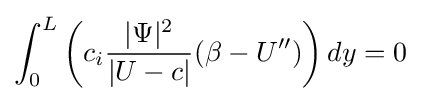
{\begin{aligned}\int _{0}^{L}\left(c_{i}{\frac {|\Psi |^{2}}{|U-c|}}(\beta -U'')\right)dy&=0\\\end{aligned}}